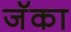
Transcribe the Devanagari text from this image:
जॅका